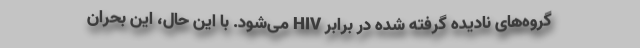
گروه‌های نادیده گرفته ‌شده در برابر HIV می‌شود. با این ‌حال، این بحران